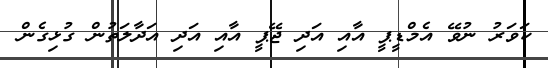
ކަވަަރު ނުވޭ އެމްޑީޕީ އާއި އަދި ޖޭޕީ އާއި އަދި އަދާލަތުން ގުޅިގެން